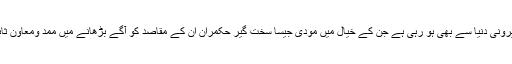
مودی کی مدد بیرونی دنیا سے بھی ہو رہی ہے جن کے خیال میں مودی جیسا سخت گیر حکمران ان کے مقاصد کو آگے بڑھانے میں ممد ومعاون ثابت ہو سکتا ہے۔